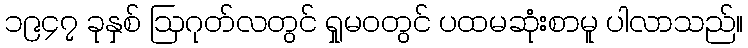
၁၉၄၇ ခုနှစ် ဩဂုတ်လတွင် ရှုမဝတွင် ပထမဆုံးစာမူ ပါလာသည်။